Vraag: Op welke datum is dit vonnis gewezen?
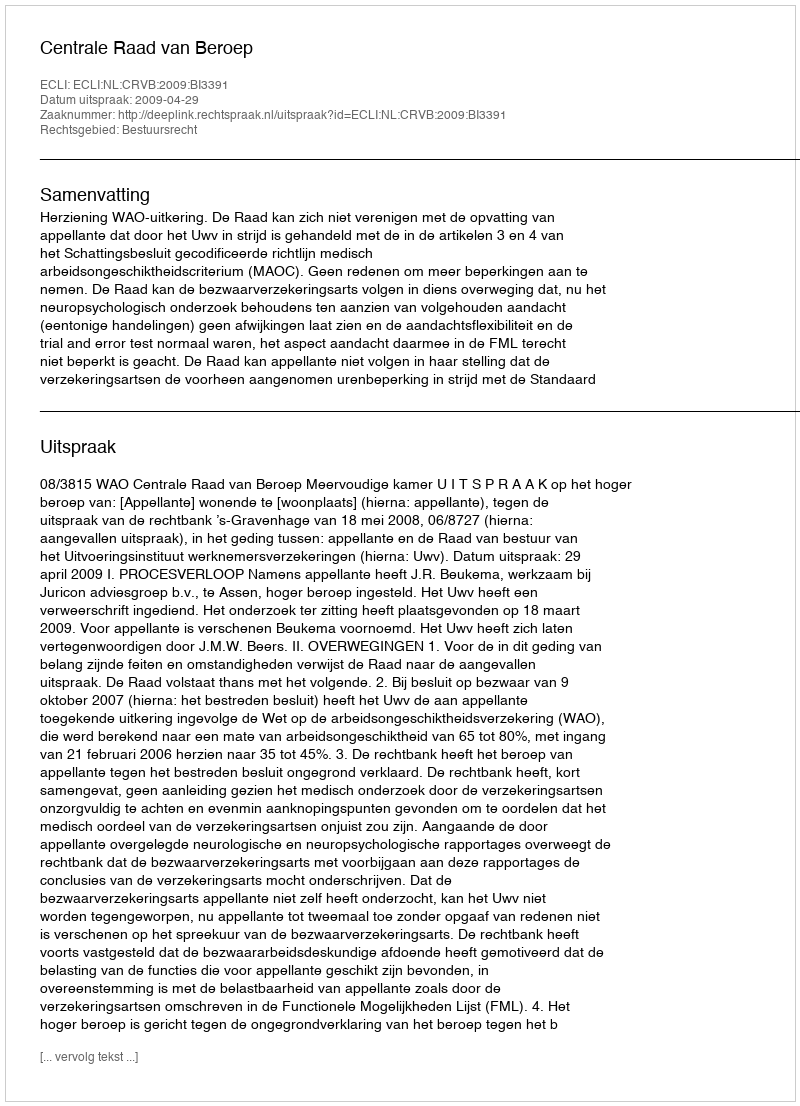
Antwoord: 2009-04-29